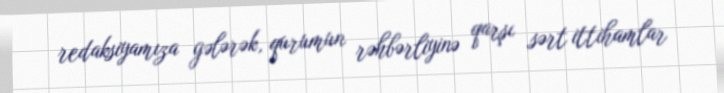
redaksiyamıza gələrək, qurumun rəhbərliyinə qarşı sərt ittihamlar